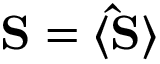
{ \bf S } = \langle { \bf \hat { S } } \rangle